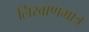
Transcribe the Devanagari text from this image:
लिखाणमात्र